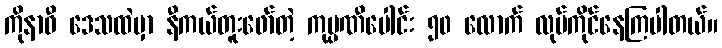
ကိုနာဝီ ဒေသထဲမှာ နီကယ်တူးဖော်တဲ့ ကုမ္ပဏီပေါင်း ၅၀ လောက် လုပ်ကိုင်နေကြပါတယ်။